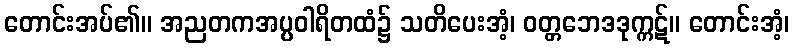
တောင်းအပ်၏။ အညတကအပ္ပဝါရိတထံ၌ သတိပေးအံ့၊ ဝတ္တဘေဒဒုက္ကဋ်။ တောင်းအံ့၊